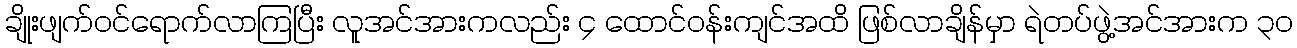
ချိုးဖျက်ဝင်ရောက်လာကြပြီး လူအင်အားကလည်း ၄ ထောင်ဝန်းကျင်အထိ ဖြစ်လာချိန်မှာ ရဲတပ်ဖွဲ့အင်အားက ၃၀